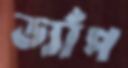
ড্যাঁপ